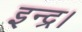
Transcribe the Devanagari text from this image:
इन्द्र।